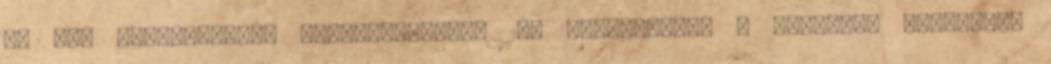
az MVI Gálaestjének belépőjegyéből 15% kedvezmény, - ingyenes pályázati